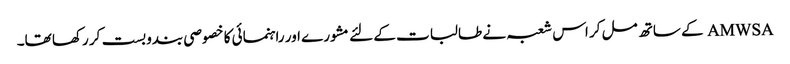
AMWSA کے ساتھ مل کر اس شعبہ نے طالبات کے لئے مشورے اور راہنمائی کا خصوصی بندوبست کر رکھا تھا۔